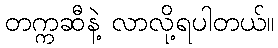
တက္ကဆီနဲ့ လာလို့ရပါတယ်။